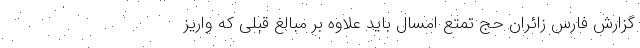
گزارش فارس زائران حج تمتع امسال باید علاوه بر مبالغ قبلی که واریز